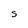
Character: S